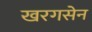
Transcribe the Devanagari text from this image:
खरगसेन